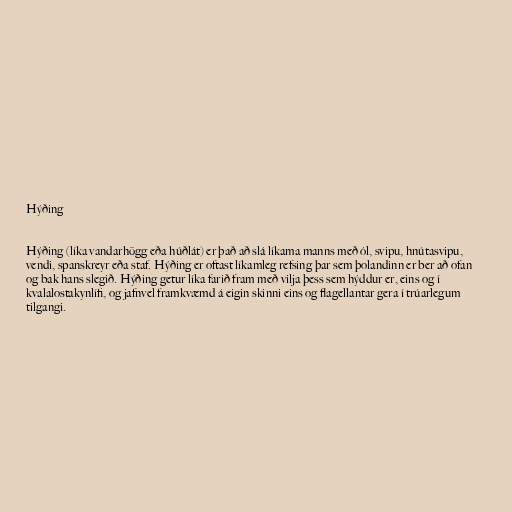
Hýðing

Hýðing (líka vandarhögg eða húðlát) er það að slá líkama manns með ól, svipu, hnútasvipu,
vendi, spanskreyr eða staf. Hýðing er oftast líkamleg refsing þar sem þolandinn er ber að ofan
og bak hans slegið. Hýðing getur líka farið fram með vilja þess sem hýddur er, eins og í
kvalalostakynlífi, og jafnvel framkvæmd á eigin skinni eins og flagellantar gera í trúarlegum
tilgangi.